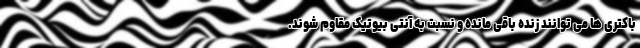
باکتری ها می توانند زنده باقی مانده و نسبت به آنتی بیوتیک مقاوم شوند.